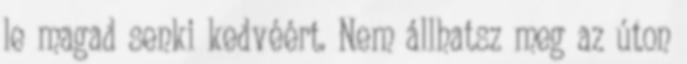
le magad senki kedvéért. Nem állhatsz meg az úton